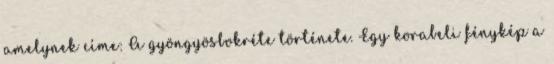
amelynek címe: A gyöngyösbokréte története. Egy korabeli fénykép a